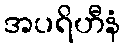
အပရိဟီနံ